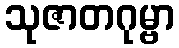
သုဇာတဂုမ္ဗာ